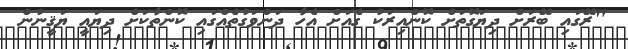
"ރޭގައި ބޭރަށް ދިޔަގޮތަށް ކޮންއިރަކު ގެއަށް އެހާ ދަންވަގުތެއްގައި ކޮންތާކަށް ދިޔައީ ޔަޤީނުން